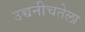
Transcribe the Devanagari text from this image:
उच्चनीचतेला